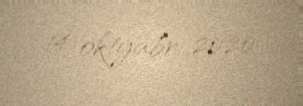
14 oktyabr 2020